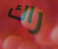
راك